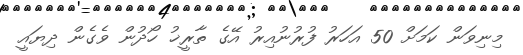
މިނިވަން ކަމަށް 50 އަހަރު ފުރުނުއިރު އޭގެ ތާރީޚު ހޯދުން ވެގެން ދިޔައީ